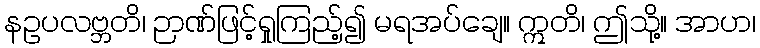
နဥပလဗ္ဘတိ၊ ဉာဏ်ဖြင့်ရှုကြည့်၍ မရအပ်ချေ။ ဣတိ၊ ဤသို့။ အာဟ၊